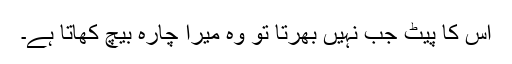
اس کا پیٹ جب نہیں بھرتا تو وہ میرا چارہ بیچ کھاتا ہے۔